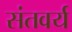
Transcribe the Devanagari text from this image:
संतवर्य